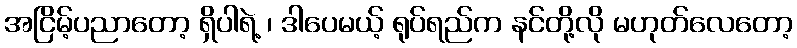
အငြိမ့်ပညာတော့ ရှိပါရဲ့ ၊ ဒါပေမယ့် ရုပ်ရည်က နင်တို့လို မဟုတ်လေတော့